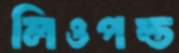
লিওপল্ড